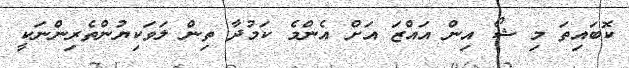
ކޮބައިތަ މި ޝޯ އިން އައްޒަ އަށް އެންމެ ކަމުދާ ތިން ލަވަކިޔުންތެރިންނަކީ